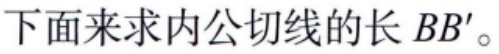
下面来求内公切线的长 \(BB'\)。